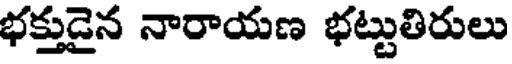
భక్తుడైన నారాయణ భట్టుతిరులు